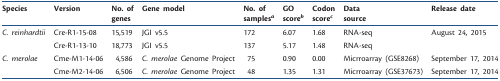
<table><thead><tr><td><b>Species</b></td><td><b>Version</b></td><td><b>No. of genes</b></td><td><b>Gene model</b></td><td><b>No. of samples<i><sup>a</sup></i></b></td><td><b>GO score<i><sup>b</sup></i></b></td><td><b>Codon score<i><sup>c</sup></i></b></td><td><b>Data source</b></td><td><b>Release date</b></td></tr></thead><tbody><tr><td><i>C. reinhardtii</i></td><td>Cre-R1‐15‐08</td><td>15,519</td><td>JGI v5.5</td><td>172</td><td>6.07</td><td>1.68</td><td>RNA-seq</td><td>August 24, 2015</td></tr><tr><td></td><td>Cre-R1‐13‐10</td><td>18,773</td><td>JGI v5.5</td><td>137</td><td>5.17</td><td>1.48</td><td>RNA-seq</td><td></td></tr><tr><td><i>C. merolae</i></td><td>Cme-M1‐14‐06</td><td>4,586</td><td><i>C. merolae</i> Genome Project</td><td>75</td><td>0.90</td><td>0.00</td><td>Micrroarray (GSE8268)</td><td>September 17, 2014</td></tr><tr><td></td><td>Cme-M2‐14‐06</td><td>6,506</td><td><i>C. merolae</i> Genome Project</td><td>48</td><td>1.35</td><td>1.31</td><td>Micrroarray (GSE37673)</td><td>September 17, 2014</td></tr></tbody></table>